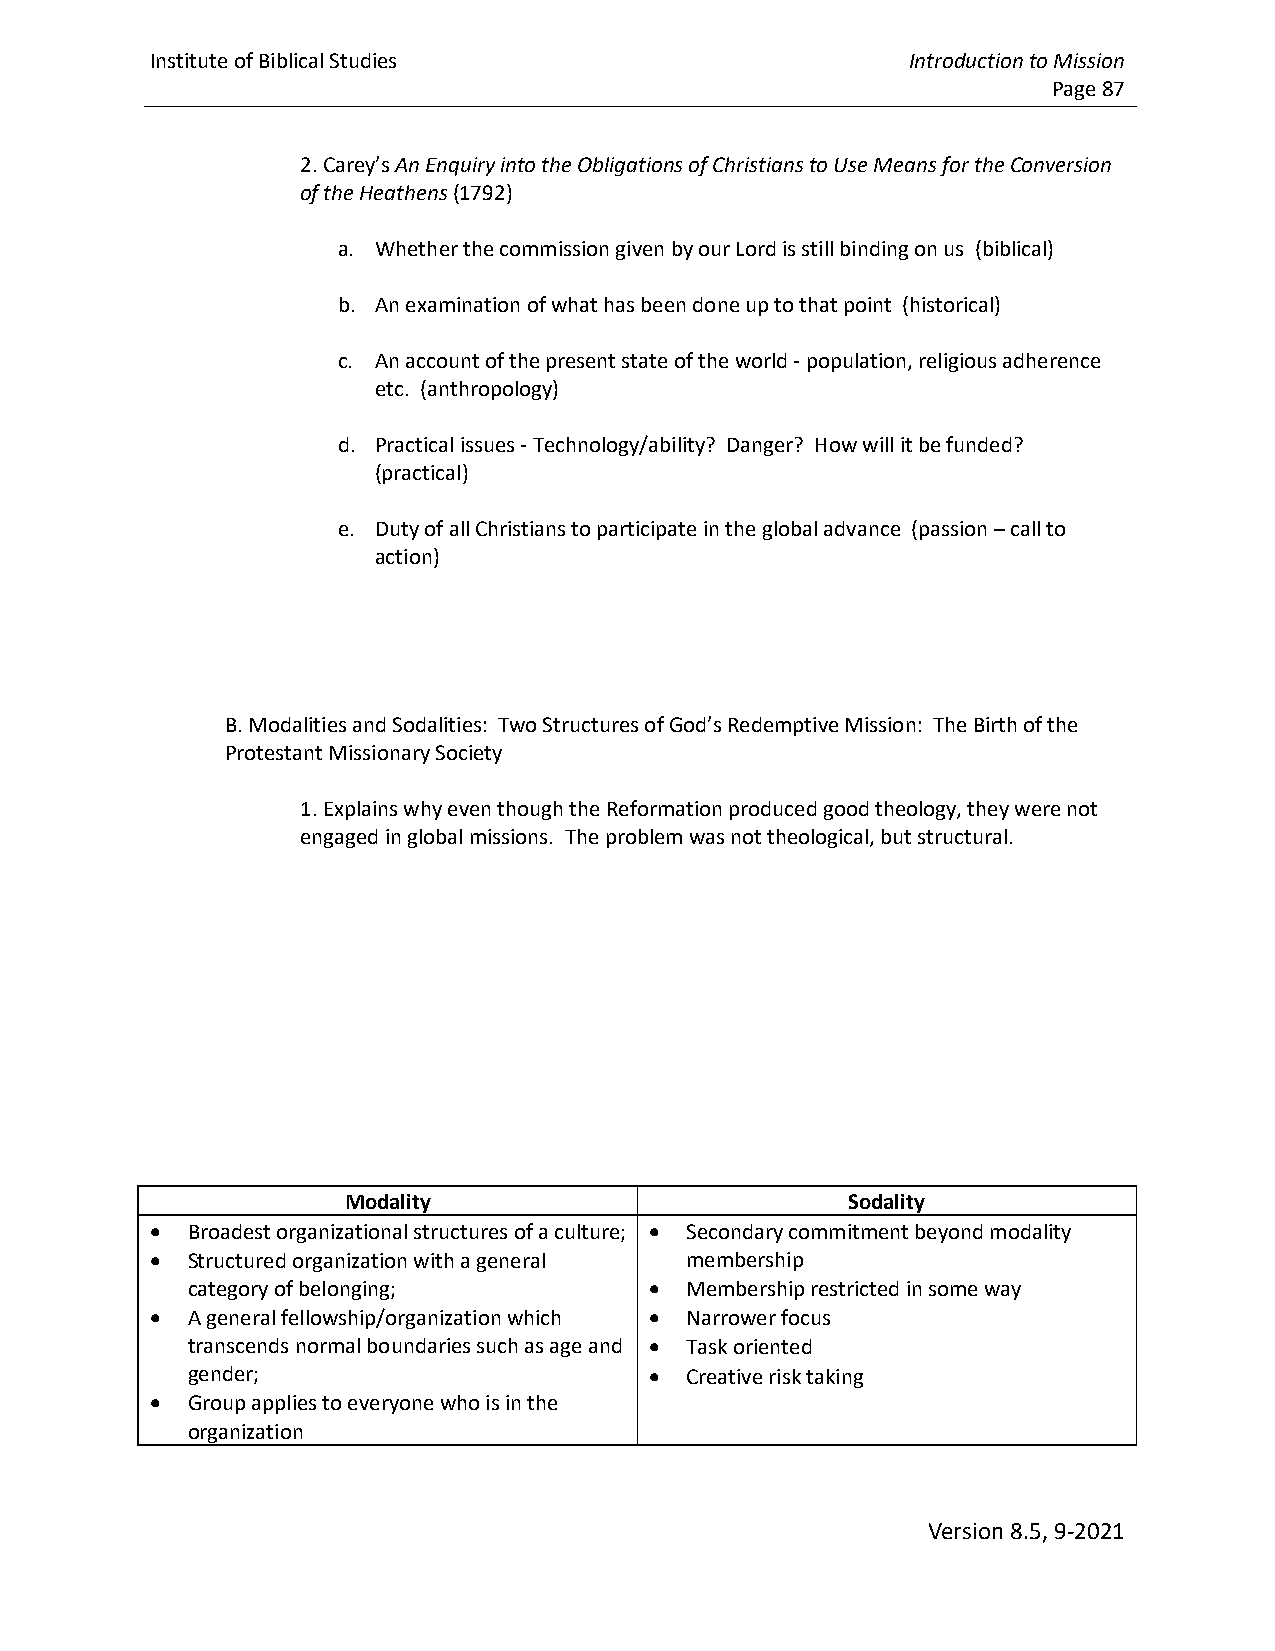
Institute of Biblical Studies                     Introduction to Mission
 Page 87
 2. Carey’s An Enquiry into the Obligations of Christians to Use Means for the Conversion
 of the Heathens (1792)
 a. Whether the commission given by our Lord is still binding on us (biblical)
 b. An examination of what has been done up to that point (historical)
 c. An account of the present state of the world - population, religious adherence
 etc. (anthropology)
 d. Practical issues - Technology/ability? Danger? How will it be funded?
 (practical)
 e. Duty of all Christians to participate in the global advance (passion – call to
 action)
 B. Modalities and Sodalities: Two Structures of God’s Redemptive Mission: The Birth of the
 Protestant Missionary Society
 1. Explains why even though the Reformation produced good theology, they were not
 engaged in global missions. The problem was not theological, but structural.
 Modality                         Sodality
 • Broadest organizational structures of a culture; • Secondary commitment beyond modality
 • Structured organization with a general membership
 category of belonging;         • Membership restricted in some way
 • A general fellowship/organization which • Narrower focus
 transcends normal boundaries such as age and • Task oriented
 gender;                        • Creative risk taking
 • Group applies to everyone who is in the
 organization
 Version 8.5, 9-2021